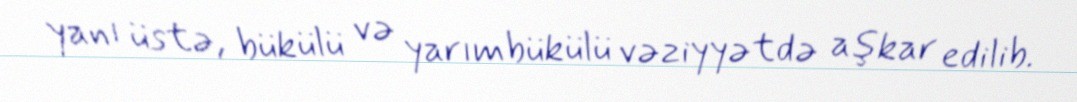
yanı üstə, bükülü və yarımbükülü vəziyyətdə aşkar edilib.